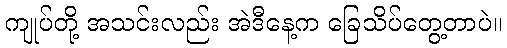
ကျုပ်တို့ အသင်းလည်း အဲဒီနေ့က ခြေသိပ်တွေ့တာပဲ။